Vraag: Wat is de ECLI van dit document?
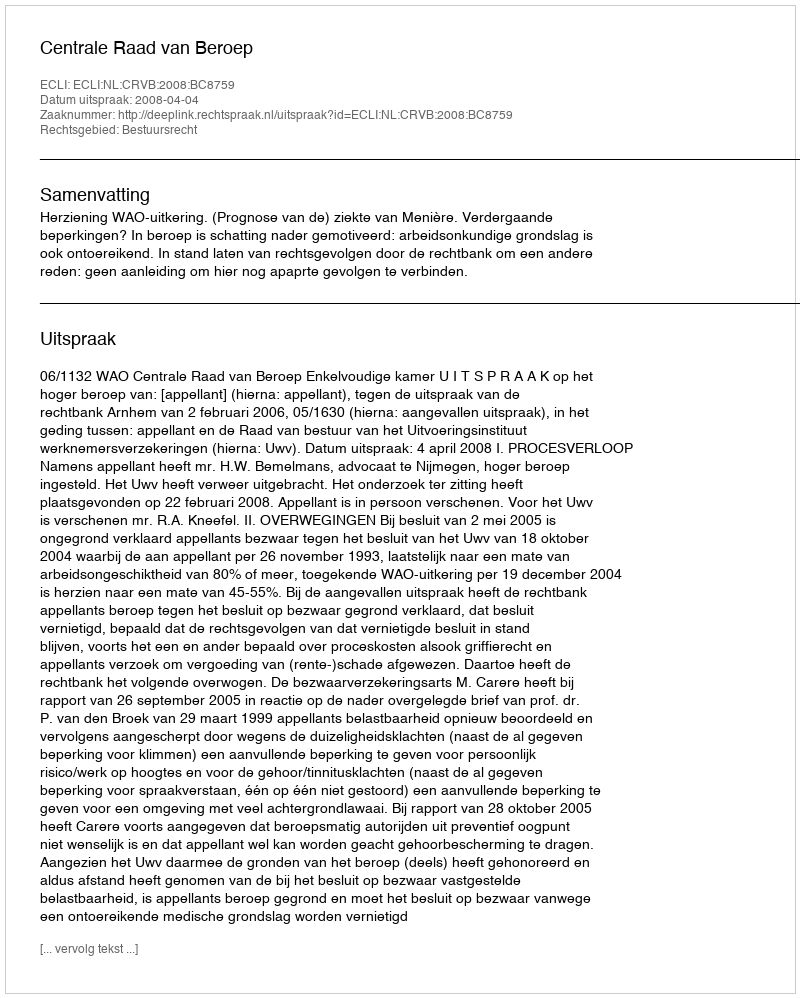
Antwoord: ECLI:NL:CRVB:2008:BC8759